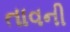
તાવની